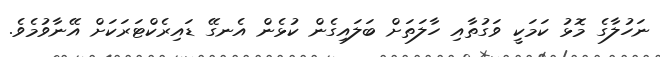
ނަހުލާގެ މޮޅު ކަމަކީ ވަގުތާއި ހާލަތަށް ބަލައިގެން ކުޅެން އެނގޭ ޑައިރެކްޓަރަކަށް އޭނާވުމެވެ.